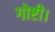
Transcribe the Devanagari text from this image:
गोष्टी।